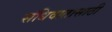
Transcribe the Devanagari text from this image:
संधिवातासाठी